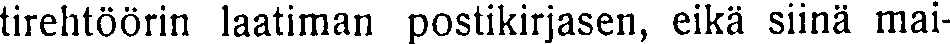
tirehtöörin laatiman postikirjasen, eikä siinä mai-